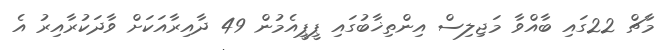
މާޗް 22ގައި ބާއްވާ މަޖިލިސް އިންތިޚާބުގައި ޕީޕީއެމުން 49 ދާއިރާއަކަށް ވާދަކުރާއިރު އެ